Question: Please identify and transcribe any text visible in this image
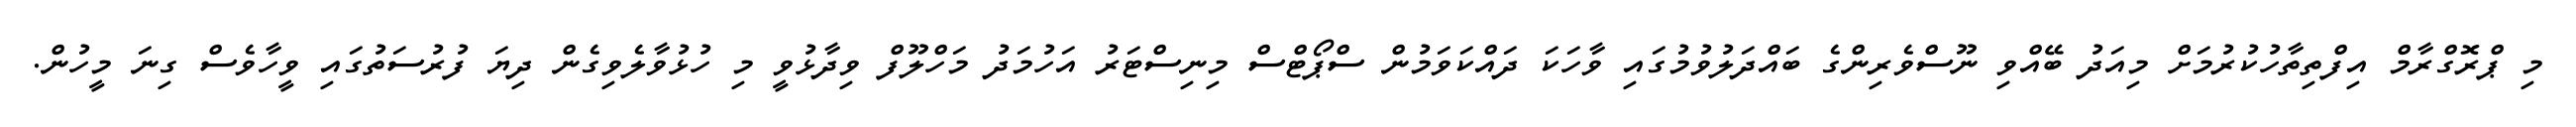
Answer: މި ޕްރޮގްރާމް އިފްތިތާހުކުރުމަށް މިއަދު ބޭއްވި ނޫސްވެރިންގެ ބައްދަލުވުމުގައި ވާހަކަ ދައްކަވަމުން ސްޕޯޓްސް މިނިސްޓަރު އަހުމަދު މަހްލޫފް ވިދާޅުވީ މި ހުޅުވާލެވިގެން ދިޔަ ފުރުސަތުގައި ވީހާވެސް ގިނަ މީހުން.